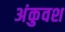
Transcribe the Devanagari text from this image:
अंकुवश